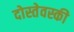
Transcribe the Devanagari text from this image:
दोस्तेवस्की